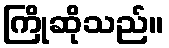
ကြိုဆိုသည်။